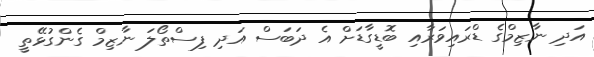
އަދި ނާޒިމްގެ ޑްރައިވަރާއި ބޮޑީގާޑަށް އެ ދަބަސް އަދި ފިސްތޯލަ ނާޒިމް ގެންގުޅޭތީ